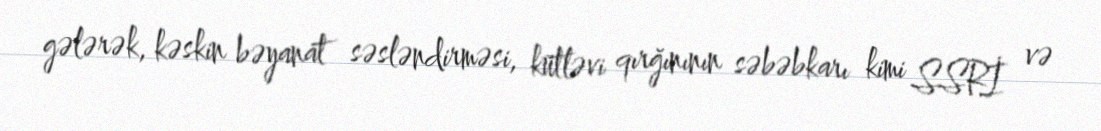
gələrək, kəskin bəyanat səsləndirməsi, kütləvi qırğınının səbəbkarı kimi SSRİ və